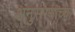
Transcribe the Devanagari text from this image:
अनुसरणाच्या